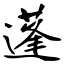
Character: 蓬